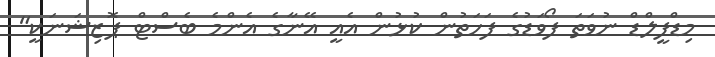
މިޑްފީލްޑް ނުވަތަ ފޯވަޑުގެ ފަހަތުން ކުޅުން އެއީ އޭނާގެ އެންމެ ބެސްޓް ޕޮޒިޝަނަކީ"